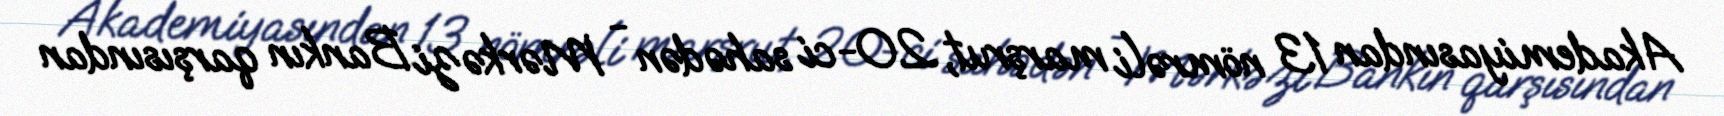
Akademiyasından 13 nömrəli marşrut, 20-ci sahədən - Mərkəzi Bankın qarşısından